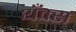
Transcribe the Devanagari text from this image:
थँक्स